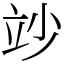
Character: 竗